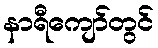
နာရီကျော်တွင်